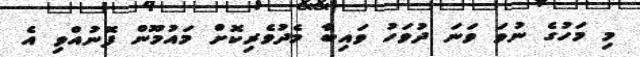
މި މަހުގެ ނުވަ ވަނަ ދުވަހު ވައިބާ މެދުވެރިކޮށް މައުމޫން ފޮނުއްވި އެ